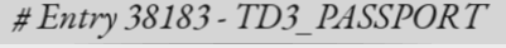
# Entry 38183 - TD3_PASSPORT